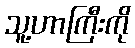
သူ့ဟာကြီးကို